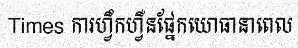
Times ការហ្វឹកហ្វឺនផ្នែកយោធានាពេល